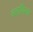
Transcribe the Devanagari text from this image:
वसविल्या